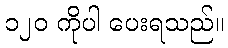
၁၂၀ ကိုပါ ပေးရသည်။